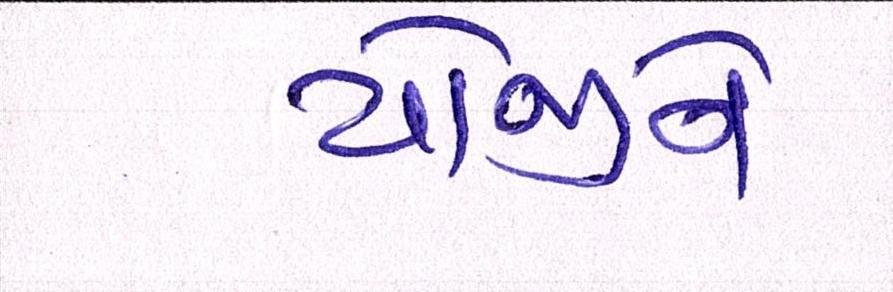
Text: યોજીને